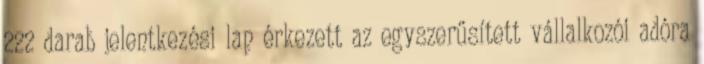
222 darab jelentkezési lap érkezett az egyszerűsített vállalkozói adóra